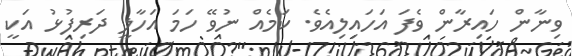
ވިނާން ހައިރާން ވެފަ އަހައިލިއެވެ. ކަމެއް ނުވޭ ހަމަ އަހާލީ ދަރިފުޅު އަކީ